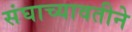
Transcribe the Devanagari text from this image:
संघाच्यावतीने